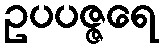
ဥပပဇ္ဇရေ